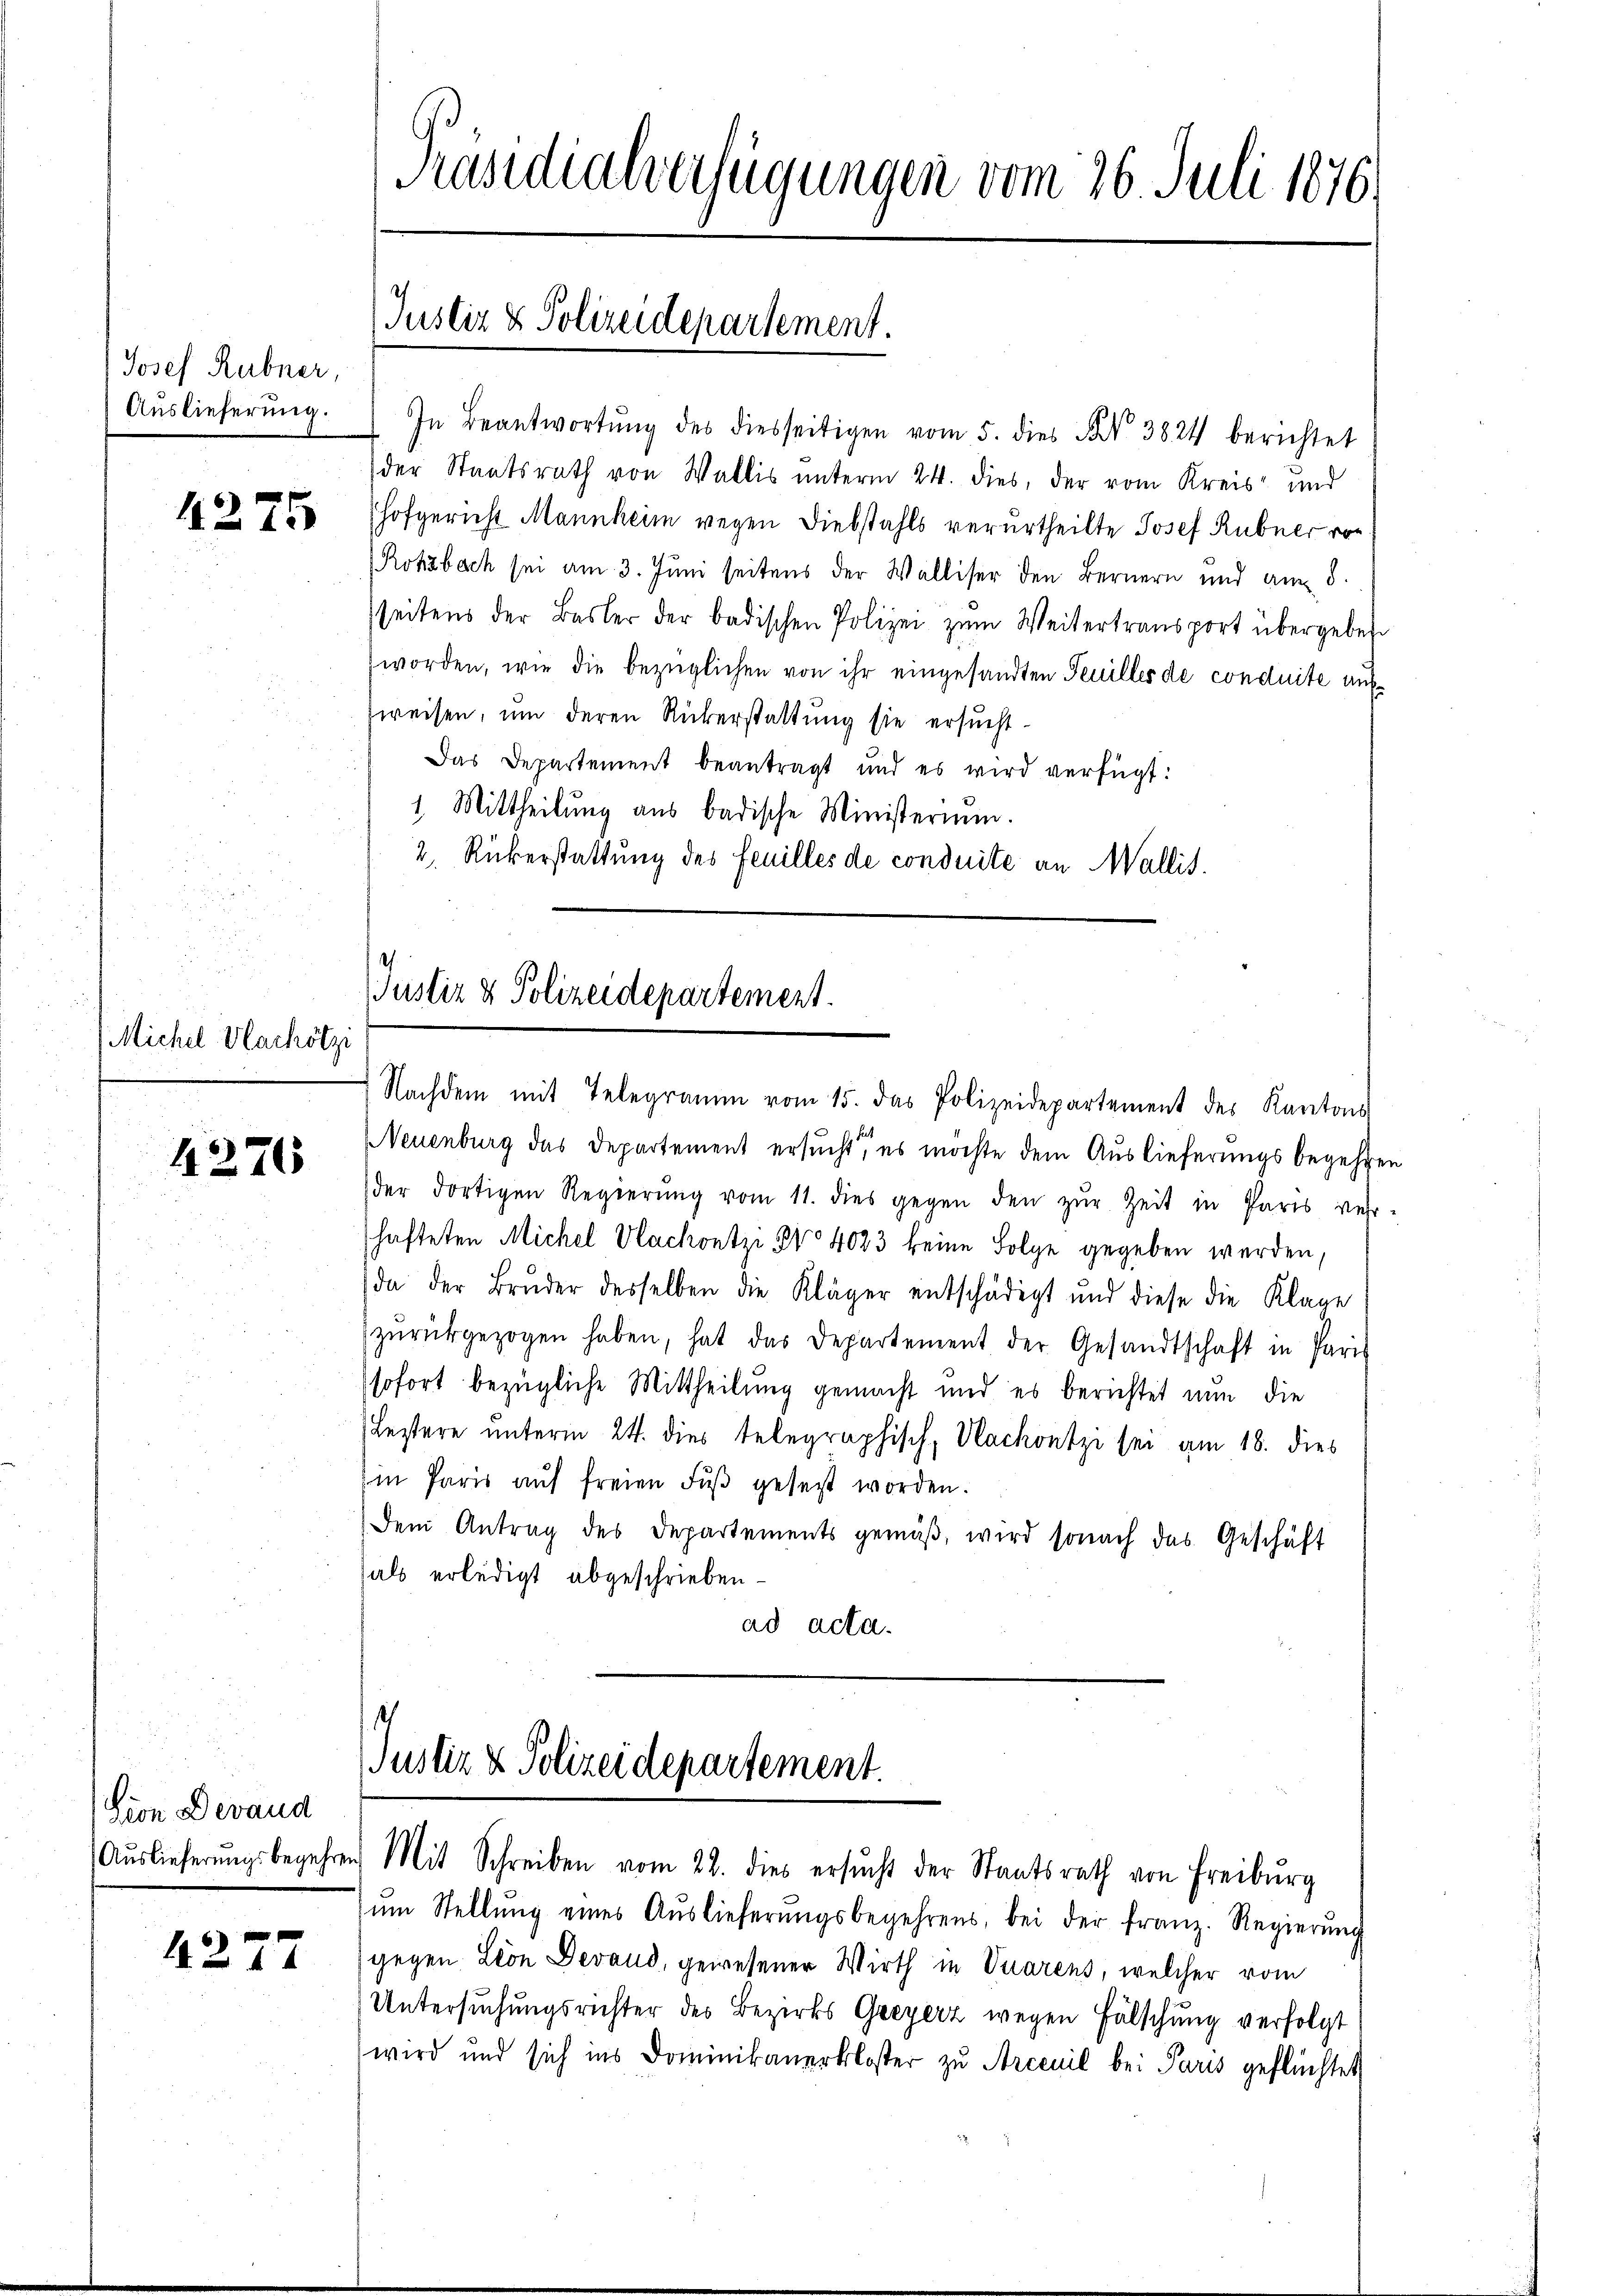
Josef Hebner,
Auslieferung.

4275

Michel Marhötzi

4276

Lion Devand

4277

Präsidialverfügungen vom 26. Juli 1876

Justiz & Polizeidepartement.

In Beantwortŭng des diesseitigen vom 5. dies N. 3824 berichtet
der Staatsrath von Wallis unterm 24. dies, der vom Kreis- und
Hofgericht Mannheim wegen Diebstahls verurtheilte Josef Rubner von
Rotzbach sei am 3. Juni seitens der Walliser den Bernern und am 8.
seitens der Basler der badischen Polizei zŭm Weitertransport übergeben.
worden, wie die bezüglichen von ihr eingesandten Feuilles de conduite aufzweisen, um deren Rükerstattung sie ersucht¬
Das Departement beantragt und es wird verfügt:
1. Mittheilung aus badische Ministerium.
2. Rükerstattung des Feuilles de conduite an Wallis.

Justiz & Polizeidepartement.
Nachdem mit Telegramm vom 15. das Polizeidepartement des Kantons

NNeuenburg das Departement ersucht, es möchte dem Auslieferungsbegehren
der dortigen Regierŭng vom 11. dies gegen den zŭr Zeit in Paris ver-
hafteten Michel Wachontzi Nro 4023 keine Folge gegeben werden,
(da der Bruder desselben die Kläger entschädigt und diese die Klage
zŭrückgezogen haben, hat das Departement der Gesandtschaft in Paris
sofort bezügliche Mittheilung gemacht und es berichtet nun die
Lestere unterm 24. dies telegraphisch, Nachontzi sei am 18. dies
m Paris aŭf freien Fŭβ gesetzt worden.
Dem Antrag des Departements gemäβ, wird sonach das Geschäft
hals erledigt abgeschrieben.
ad acta.

Justiz & Polizeidepartement.
Aŭslieferŭngsbegehren Mit Schreiben vom 22. dies ersŭcht der Staatsrath von Freiburg

zŭm Stellŭng eines Aŭslieferŭngsbegehrens, bei der franz. Regierŭng
gegen Leon Devaud, gewesener Wirth in Vuarens, welcher vom
Untersuchungsrichter des Bezirks Greyerz wegen Fälschung verfolgt
wird und sich ins Dominikanerkloster zu Arceuil bei Paris geflüchtet